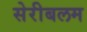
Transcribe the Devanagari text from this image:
सेरीबलम